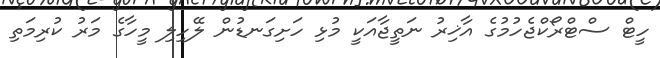
ހީޓް ސްޓްރޯކްޖެހުމުގެ އާޚިރު ނަތީޖާއަކީ މުޅި ހަށިގަނޑުން ލޭހިލި މީހާގެ މަރު ކުރިމަތި